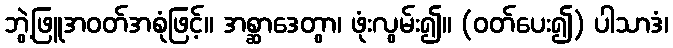
ဘွဲ့ဖြူအဝတ်အစုံဖြင့်။ အစ္ဆာဒေတွာ၊ ဖုံးလွမ်း၍။ (ဝတ်ပေး၍) ပါသာဒံ၊